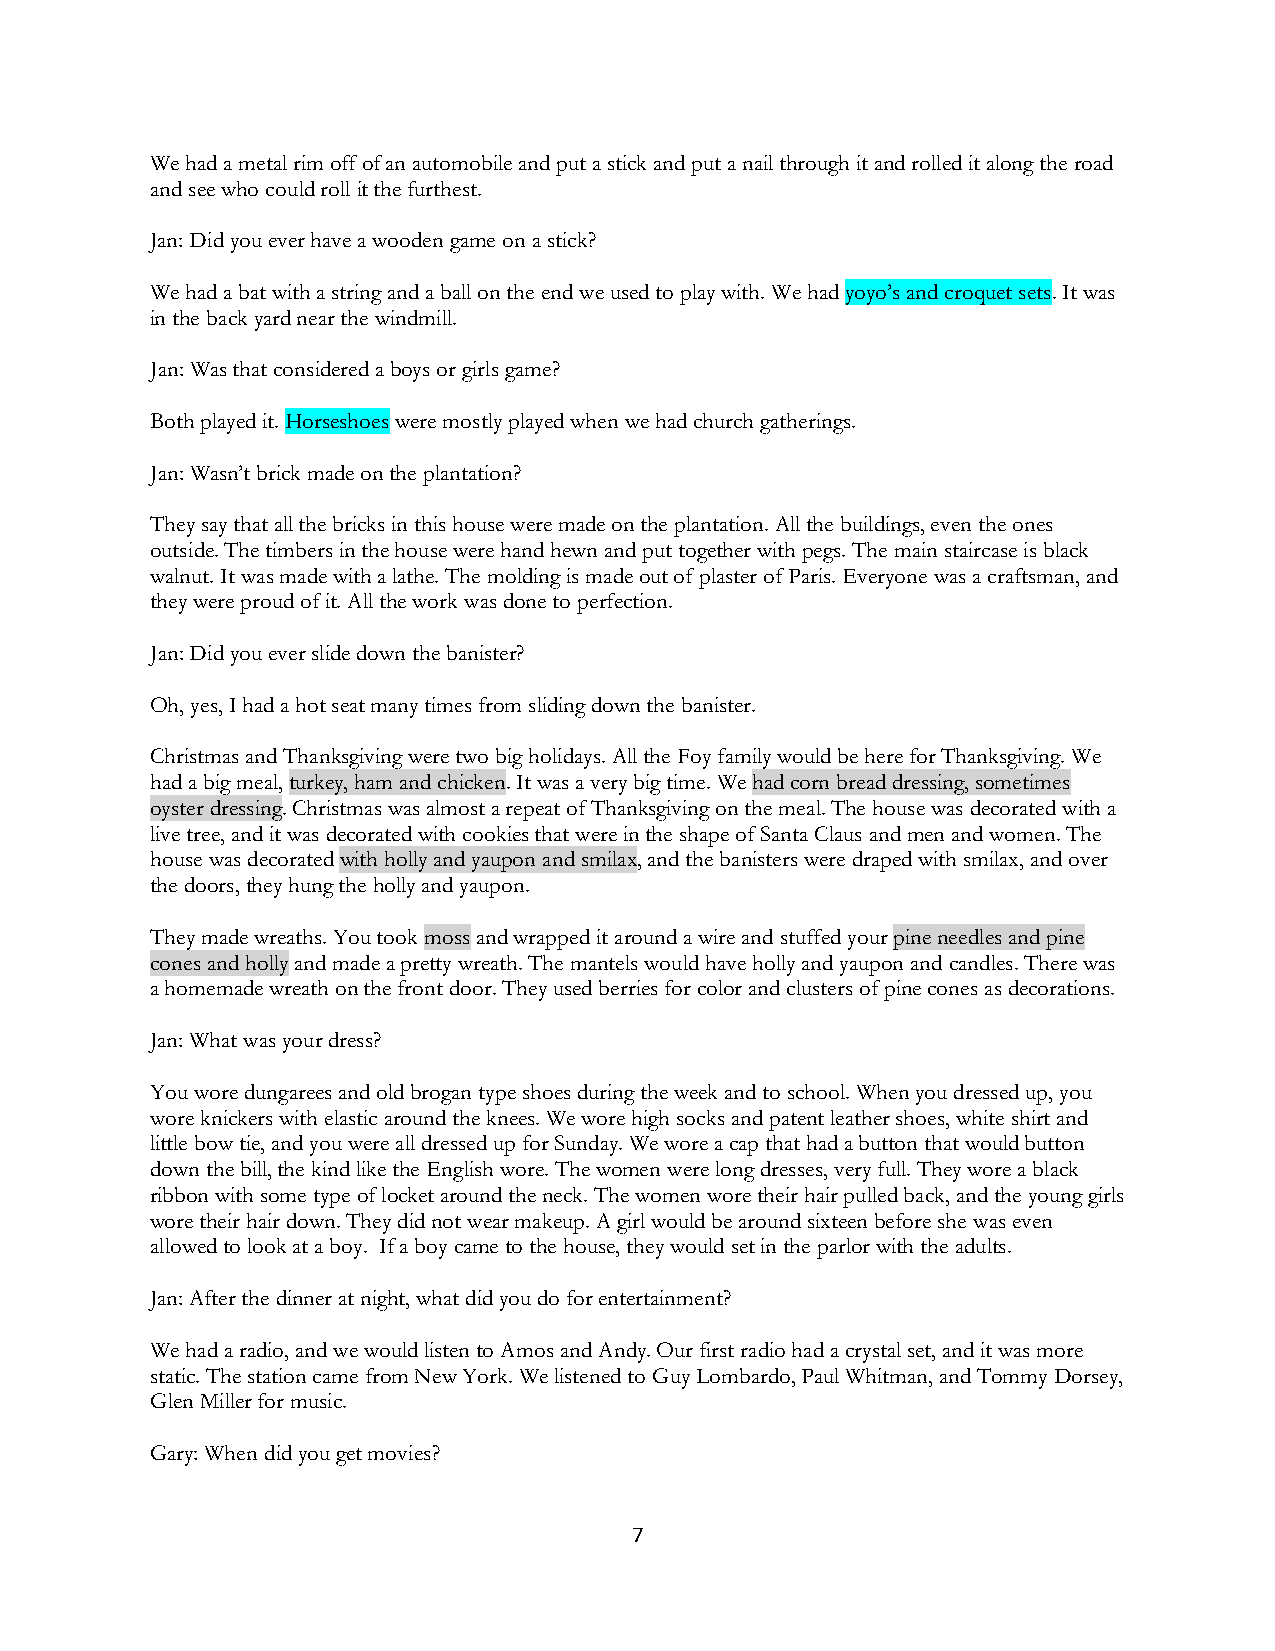
We had a metal rim off of an automobile and put a stick and put a nail through it and rolled it along the road
 and see who could roll it the furthest.
 Jan: Did you ever have a wooden game on a stick?
 We had a bat with a string and a ball on the end we used to play with. We had yoyo’s and croquet sets. It was
 in the back yard near the windmill.
 Jan: Was that considered a boys or girls game?
 Both played it. Horseshoes were mostly played when we had church gatherings.
 Jan: Wasn’t brick made on the plantation?
 They say that all the bricks in this house were made on the plantation. All the buildings, even the ones
 outside. The timbers in the house were hand hewn and put together with pegs. The main staircase is black
 walnut. It was made with a lathe. The molding is made out of plaster of Paris. Everyone was a craftsman, and
 they were proud of it. All the work was done to perfection.
 Jan: Did you ever slide down the banister?
 Oh, yes, I had a hot seat many times from sliding down the banister.
 Christmas and Thanksgiving were two big holidays. All the Foy family would be here for Thanksgiving. We
 had a big meal, turkey, ham and chicken. It was a very big time. We had corn bread dressing, sometimes
 oyster dressing. Christmas was almost a repeat of Thanksgiving on the meal. The house was decorated with a
 live tree, and it was decorated with cookies that were in the shape of Santa Claus and men and women. The
 house was decorated with holly and yaupon and smilax, and the banisters were draped with smilax, and over
 the doors, they hung the holly and yaupon.
 They made wreaths. You took moss and wrapped it around a wire and stuffed your pine needles and pine
 cones and holly and made a pretty wreath. The mantels would have holly and yaupon and candles. There was
 a homemade wreath on the front door. They used berries for color and clusters of pine cones as decorations.
 Jan: What was your dress?
 You wore dungarees and old brogan type shoes during the week and to school. When you dressed up, you
 wore knickers with elastic around the knees. We wore high socks and patent leather shoes, white shirt and
 little bow tie, and you were all dressed up for Sunday. We wore a cap that had a button that would button
 down the bill, the kind like the English wore. The women were long dresses, very full. They wore a black
 ribbon with some type of locket around the neck. The women wore their hair pulled back, and the young girls
 wore their hair down. They did not wear makeup. A girl would be around sixteen before she was even
 allowed to look at a boy. If a boy came to the house, they would set in the parlor with the adults.
 Jan: After the dinner at night, what did you do for entertainment?
 We had a radio, and we would listen to Amos and Andy. Our first radio had a crystal set, and it was more
 static. The station came from New York. We listened to Guy Lombardo, Paul Whitman, and Tommy Dorsey,
 Glen Miller for music.
 Gary: When did you get movies?
 7